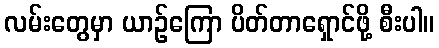
လမ်းတွေမှာ ယာဉ်ကြော ပိတ်တာရှောင်ဖို့ စီးပါ။